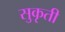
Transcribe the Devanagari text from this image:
सुकृती